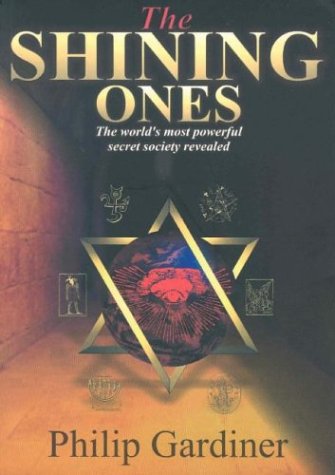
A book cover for The Shining Ones: The World's Most Powerful Secret Society Revealed; Philip Gardiner; Comics & Graphic Novels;